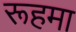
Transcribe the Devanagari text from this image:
रूहमा